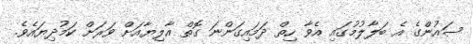
ސައުންގެ އެ ބަލާލުމުގައި އެވާ ހިތް ދަމައިގަންނަ ގޮތް އާލިޔާއަށް ވަރަށް ކަމުދިޔައެވެ.